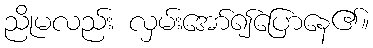
ညိုမလည်း လှမ်းအော်၍ပြောနေ၏။